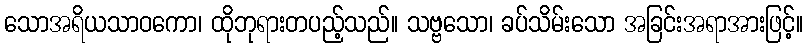
သောအရိယသာဝကော၊ ထိုဘုရားတပည့်သည်။ သဗ္ဗသော၊ ခပ်သိမ်းသော အခြင်းအရာအားဖြင့်။